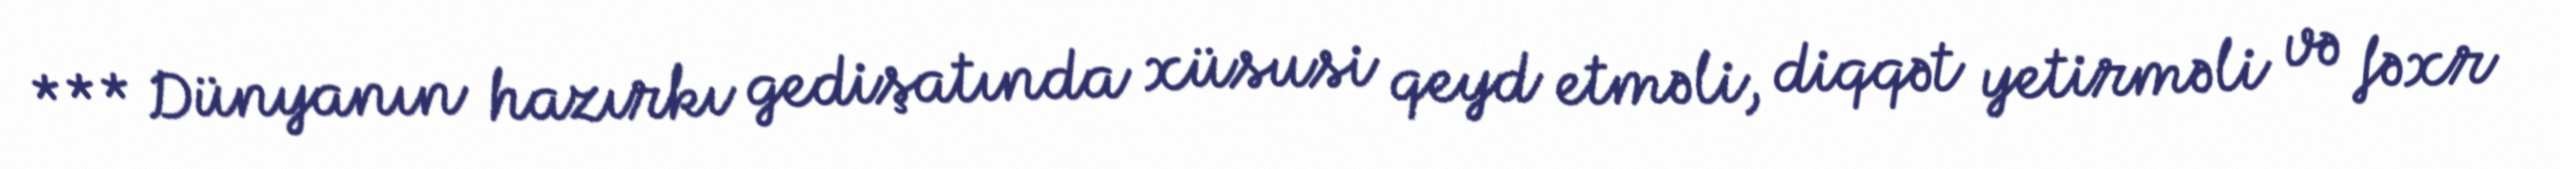
*** Dünyanın hazırkı gedişatında xüsusi qeyd etməli, diqqət yetirməli və fəxr